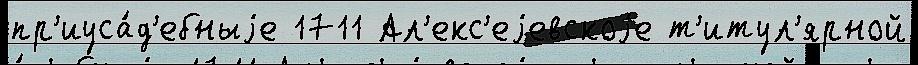
пр'иуса́д'ебныjе 1711 Ал'екс'еjевскоjе т'итул'ярной